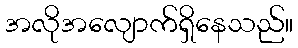
အလိုအလျောက်ရှိနေသည်။